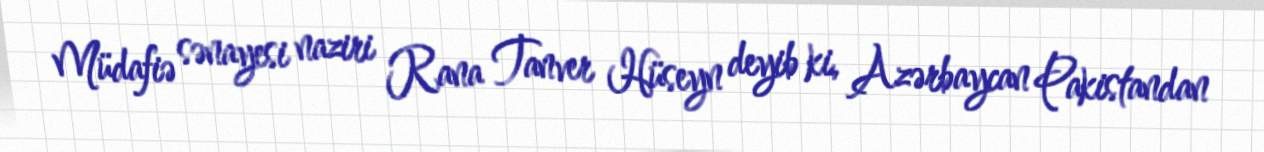
Müdafiə sənayesi naziri Rana Tanver Hüseyn deyib ki, Azərbaycan Pakistandan